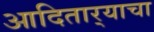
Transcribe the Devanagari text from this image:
आदितार्‍याचा